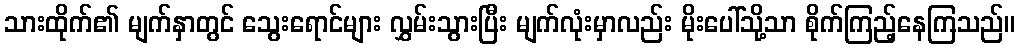
သားထိုက်၏ မျက်နှာတွင် သွေးရောင်များ လွှမ်းသွားပြီး မျက်လုံးမှာလည်း မိုးပေါ်သို့သာ စိုက်ကြည့်နေကြသည်။